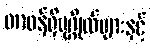
တာဝန်ရှိပုဂ္ဂိုလ်များနှင့်